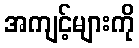
အကျင့်များကို